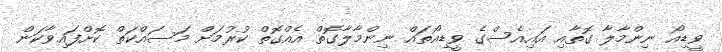
ވީޑިއޯ ނިންމާލާ ގޮތާއި އައިއެސްގެ ވީޑިއޯތައް ނިންމާލާގޮތް އެއްގޮތް ކުރުމަށް މަސައްކަތް ކޮށްފައިވާކަން